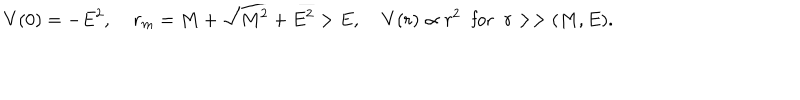
V ( 0 ) = - E ^ { 2 } , \; r _ { m } = M + \sqrt { M ^ { 2 } + E ^ { 2 } } > E , \; V ( r ) \propto r ^ { 2 } \; \; \mathrm { f o r } \; \; r > > ( M , E ) .